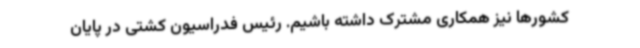
کشورها نیز همکاری مشترک داشته باشیم. رئیس فدراسیون کشتی در پایان